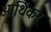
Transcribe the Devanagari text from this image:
आर्थिकर्